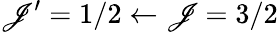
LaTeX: \mathscr{J}^{\prime}=1/2\leftarrow\mathscr{J}=3/2